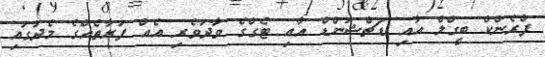
ފްރެންކް ބީގްލް އާއި ޑަޗްޝަންޑް އާއި ޓެގްގެ ވާދަވެރި އެއް ފަރާތެއްގެ މެދުގައި